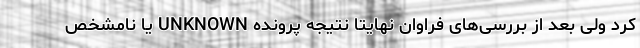
کرد ولی بعد از بررسی‌های فراوان نهایتا نتیجه پرونده UNKNOWN یا نامشخص